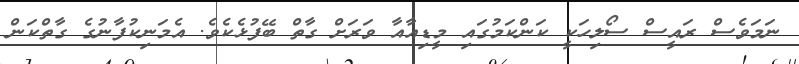
ނަމަވެސް ރައީސް ސޯލިހަކީ ކަންކަމުގައި މީޑިއާއާ ވަރަށް ގާތް ބޭފުޅެކެވެ. އެމަނިކުފާނުގެ ގާތްކަން